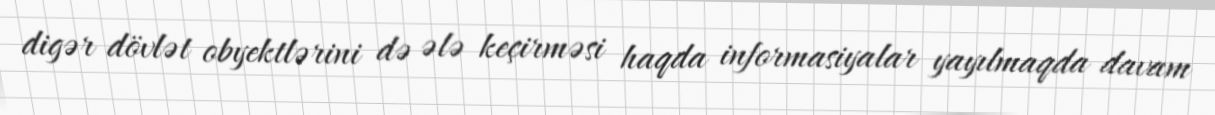
digər dövlət obyektlərini də ələ keçirməsi haqda informasiyalar yayılmaqda davam